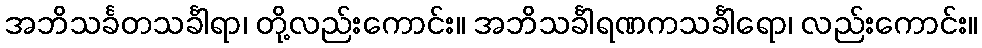
အဘိသင်္ခတသင်္ခါရာ၊ တို့လည်းကောင်း။ အဘိသင်္ခါရဏကသင်္ခါရော၊ လည်းကောင်း။